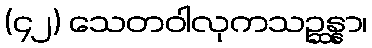
(၄၂) သေတဝါလုကသဉ္ဆန္နာ၊